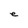
Character: e